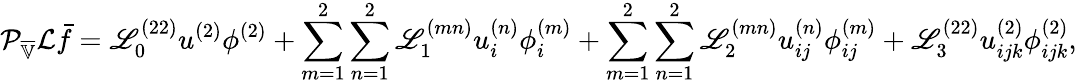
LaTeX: \mathcal{P}_{\overline{{\mathbb{V}}}}\mathcal{L}\bar{f}=\mathscr{L}_{0}^{(22)}u^{(2)}\phi^{(2)}+\sum_{m=1}^{2}\sum_{n=1}^{2}\mathscr{L}_{1}^{(mn)}u_{i}^{(n)}\phi_{i}^{(m)}+\sum_{m=1}^{2}\sum_{n=1}^{2}\mathscr{L}_{2}^{(mn)}u_{ij}^{(n)}\phi_{ij}^{(m)}+\mathscr{L}_{3}^{(22)}u_{ijk}^{(2)}\phi_{ijk}^{(2)},